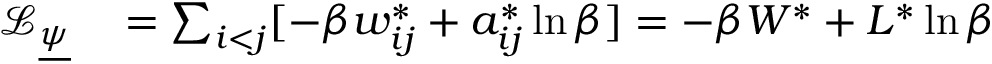
\begin{array} { r l } { \mathcal { L } _ { \underline { { \psi } } } } & { { } = \sum _ { i < j } [ - \beta w _ { i j } ^ { * } + a _ { i j } ^ { * } \ln \beta ] = - \beta W ^ { * } + L ^ { * } \ln \beta } \end{array}